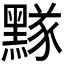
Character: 𪑫